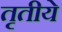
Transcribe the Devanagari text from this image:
तृतीये